Vaccination North-Western Provinces and Oudh 1896-1901 - 1896-1901
Year: 1896
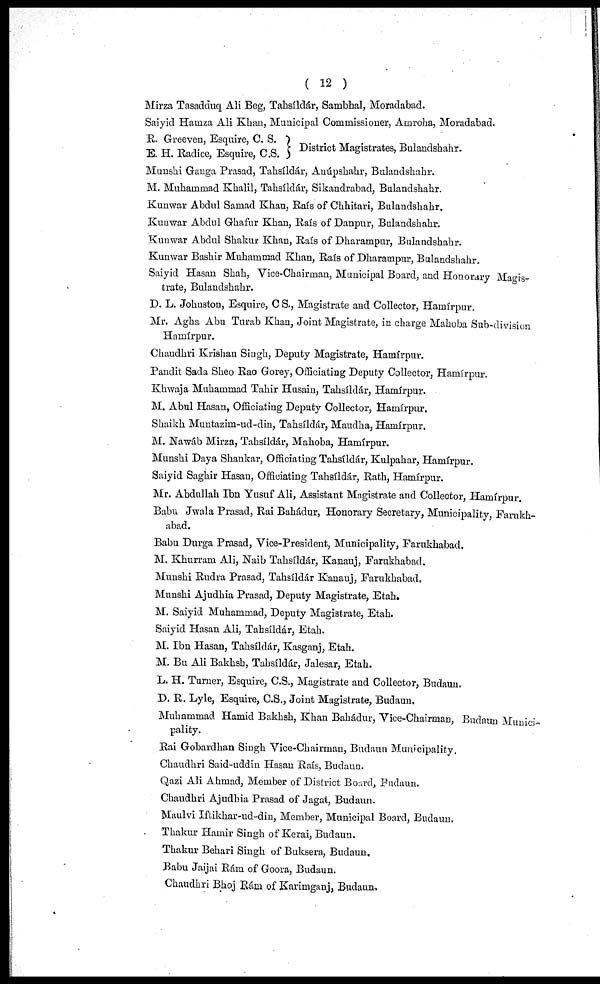
( 12 )
Mirza Tasadduq Ali Beg, Tahsíldár, Sambhal, Moradabad.
Saiyid Hamza Ali Khan, Municipal Commissioner, Amroha, Moradabad.
R. Greeven, Esquire, C. S.
E. H. Radice, Esquire, C.S.
District Magistrates, Bulandshahr.
Munshi Ganga Prasad, Tahsíldár, Anúpskahr, Bulandshahr.
M. Muhammad Khalil, Tahsíldár, Sikandrabad, Bulandshahr.
Kunwar Abdul Samad Khan, Raís of Chhitari, Bulandshahr.
Kunwar Abdul Ghafur Khan, Raís of Danpur, Bulandshahr.
Kunwar Abdul Shakur Khan, Raís of Dharampur, Bulandshahr.
Kunwar Bashir Muhammad Khan, Raís of Dharampur, Bulandshahr.
Saiyid Hasan Shah, Vice-Chairman, Municipal Board, and Honorary Magis-
trate, Bulandshahr.
D. L. Johnston, Esquire, C S., Magistrate and Collector, Hamírpur.
Mr. Agha Abu Turab Khan, Joint Magistrate, in charge Mahoba Sub-division
Hamírpur.
Chaudhri Krishan Singh, Deputy Magistrate, Hamírpur.
Pandit Sada Sheo Rao Gorey, Officiating Deputy Collector, Hamírpur,
Khwaja Muhammad Tahir Husain, Tahsíldár, Hamírpur.
M. Abul Hasan, Officiating Deputy Collector, Hamírpur.
Shaikh Muntazim-ud-din, Tahsíldár, Maudha, Hamírpur.
M. Nawáb Mirza, Tahsíldár, Mahoba, Hamírpur.
Munshi Daya Shankar, Officiating Tahsíldár, Kulpahar, Hamírpur.
Saiyid Saghir Hasan, Officiating Tahsíldár, Rath, Hamírpur.
Mr. Abdullah Ibn Yusuf Ali, Assistant Magistrate and Collector, Hamírpur.
Babu Jwala Prasad, Rai Bahádur, Honorary Secretary, Municipality, Farakh¬
abad.
Babu Durga Prasad, Vice-President, Municipality, Farukhabad.
M. Khurram Ali, Naib Tahsíldár, Kanauj, Farukhabad.
Munshi Rudra Prasad, Tahsíldár Kanauj, Farukhabad.
Munshi Ajudhia Prasad, Deputy Magistrate, Etah.
M. Saiyid Muhammad, Deputy Magistrate, Etah.
Saiyid Hasan Ali, Tahsíldár, Etah.
M. Ibn Hasan, Tahsíldár, Kasganj, Etah.
M. Bu Ali Bakhsh, Tahsíldár, Jalesar, Etah.
L. H. Turner, Esquire, C.S., Magistrate and Collector, Budaun,
D. R. Lyle, Esquire, C.S., Joint Magistrate, Budaun.
Muhammad Hamid Bakhsh, Khan Bahádur, Vice-Chairman, Budaun Munici-
pality.
Rai Gobardhan Singh Vice-Chairman, Budaun Municipality.
Chaudhri Said-uddín Hasan Raís, Budaun.
Qazi Ali Ahmad, Member of District Board, Budaun.
Chaudhri Ajudhia Prasad of Jagat, Budaun.
Maulvi Iftikhar-ud-din, Member, Municipal Board, Budaun.
Tkakur Hamir Singh of Kerai, Budaun.
Thakur Behari Singh of Buksera, Budaun.
Babu Jaijai Rám of Goora, Budaun.
Chaudhri Bhoj Rám of Karimganj, Budaun,